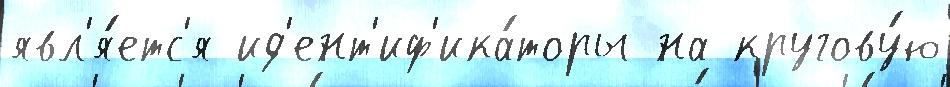
явл'я́етс'я ид'ент'иф'ика́торы на кругову́ю